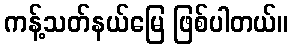
ကန့်သတ်နယ်မြေ ဖြစ်ပါတယ်။